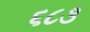
૬૮૩